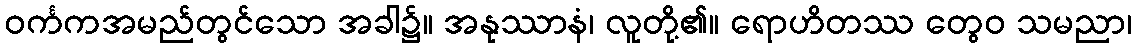
ဝင်္ကကအမည်တွင်သော အခါ၌။ အနုဿာနံ၊ လူတို့၏။ ရောဟိတဿ တွေဝ သမညာ၊